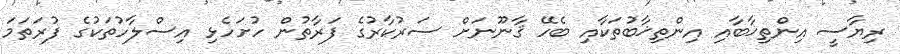
ރިޔާސީ އިންތިޚާބާއި އިންތިޚާބުތަކާއި ބެހޭ ޤާނޫނަށް ސަރުކާރުގެ ފަރާތުން ހުށަހެޅި އިސްލާހުތަކުގެ ފުރަތަމަ